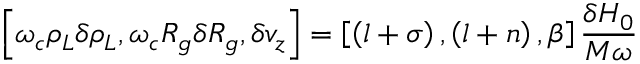
\left[ \omega _ { c } \rho _ { L } \delta \rho _ { L } , \omega _ { c } R _ { g } \delta R _ { g } , \delta v _ { z } \right] = \left[ \left( l + \sigma \right) , \left( l + n \right) , \beta \right] \frac { \delta H _ { 0 } } { M \omega }